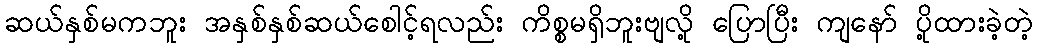
ဆယ်နှစ်မကဘူး အနှစ်နှစ်ဆယ်စေါင့်ရလည်း ကိစ္စမရှိဘူးဗျလို့ ပြောပြီး ကျနော် ပို့ထားခဲ့တဲ့